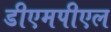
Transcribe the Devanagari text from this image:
डीएमपीएल